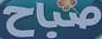
صباح